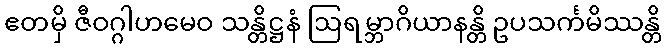
ဧတမှိ ဇီဝဂ္ဂါဟမေဝ သန္တိဋ္ဌနံ ဩရမ္ဘာဂိယာနန္တိ ဥပသင်္ကမိဿန္တိ